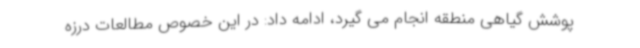
پوشش گیاهی منطقه انجام می گیرد، ادامه داد: در این خصوص مطالعات درزه